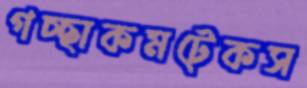
গচ্ছাকমটেকস